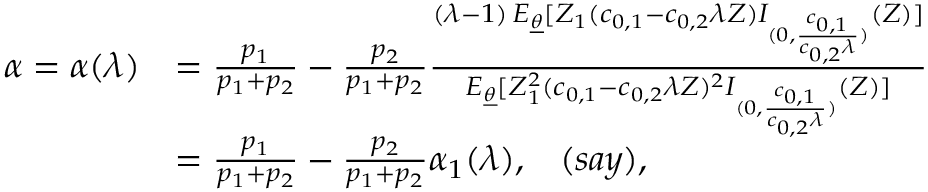
\begin{array} { r l } { \alpha = \alpha ( \lambda ) } & { = \frac { p _ { 1 } } { p _ { 1 } + p _ { 2 } } - \frac { p _ { 2 } } { p _ { 1 } + p _ { 2 } } \frac { ( \lambda - 1 ) \, E _ { \underline { { \theta } } } [ Z _ { 1 } ( c _ { 0 , 1 } - c _ { 0 , 2 } \lambda Z ) I _ { ( 0 , \frac { c _ { 0 , 1 } } { c _ { 0 , 2 } \lambda } ) } ( Z ) ] } { E _ { \underline { { \theta } } } [ Z _ { 1 } ^ { 2 } ( c _ { 0 , 1 } - c _ { 0 , 2 } \lambda Z ) ^ { 2 } I _ { ( 0 , \frac { c _ { 0 , 1 } } { c _ { 0 , 2 } \lambda } ) } ( Z ) ] } } \\ & { = \frac { p _ { 1 } } { p _ { 1 } + p _ { 2 } } - \frac { p _ { 2 } } { p _ { 1 } + p _ { 2 } } \alpha _ { 1 } ( \lambda ) , \; \; \; ( s a y ) , } \end{array}